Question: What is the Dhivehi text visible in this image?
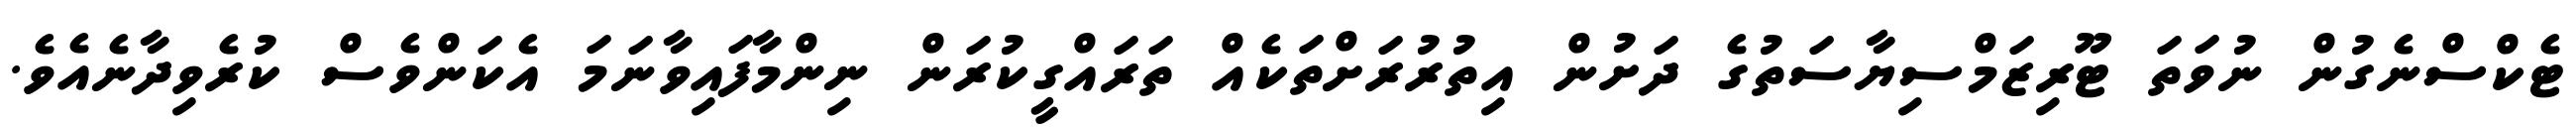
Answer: ޓެކްސްނެގުން ނުވަތަ ޓޫރިޒަމްސިޔާސަތުގެ ދަށުން އިތުރުރަށްތަކެއް ތަރައްގީކުރަން ނިންމާފައިވާނަމަ އެކަންވެސް ކުރެވިދާނެއެވެ.